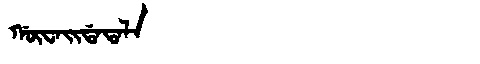
Manchu: ᡤᡡᠸᠠᡳᡩᠠᡨᠠᠯᠠ
Romanization: GŪWAIDATALA